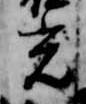
光